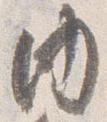
内